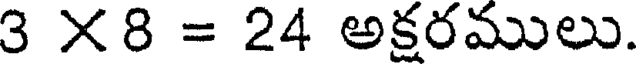
3 X8 = 24 అక్షరములు.